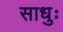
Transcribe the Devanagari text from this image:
साधुः